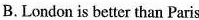
B.London is better than Paris